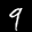
Label: 9